Insane asylums in Bengal annual reports 1867-1875 - 1867-1875
Year: 1867
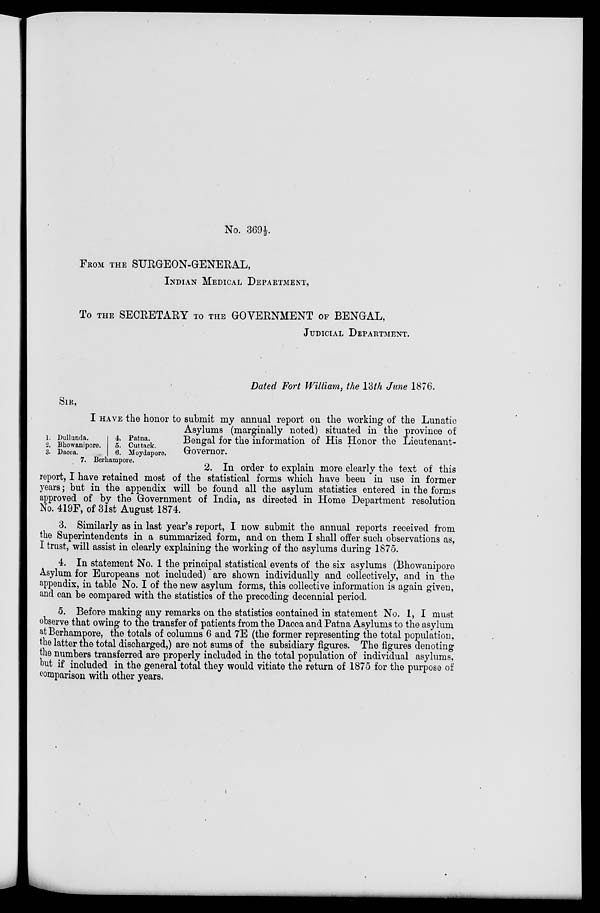
No. 369½.
FROM THE SURGEON-GENERAL,
INDIAN MEDICAL DEPARTMENT,
To THE SECRETARY TO THE GOVERNMENT OF BENGAL,
JUDICIAL DEPARTMENT.
Dated Fort William, the 13th June 1876.
SIR.
1. Dullunda.
2. Bhowanipore.
3. Dacca.
4. Patna.
5. Cuttack.
6. Moydapore.
7. Berhampore.
I HAVE the honor to submit my annual report on the working of the Lunatic
Asylums (marginally noted) situated in the province of
Bengal for the information of His Honor the Lieutenant-
Governor.
2. In order to explain more clearly the text of this
report, I have retained most of the statistical forms which have been in use in former
years; but in the appendix will be found all the asylum statistics entered in the forms
approved of by the Government of India, as directed in Home Department resolution
No. 419F, of 31st August 1874.
3. Similarly as in last year's report, I now submit the annual reports received from
the Superintendents in a summarized form, and on them I shall offer such observations as,
I trust, will assist in clearly explaining the working of the asylums during 1875.
4. In statement No. 1 the principal statistical events of the six asylums (Bhowanipore
Asylum for Europeans not included) are shown individually and collectively, and in the
appendix, in table No. I of the new asylum forms, this collective information is again given,
and can be compared with the statistics of the preceding decennial period.
5. Before making any remarks on the statistics contained in statement No. 1, I must
observe that owing to the transfer of patients from the Dacca and Patna Asylums to the asylum
at Berhampore, the totals of columns 6 and 7E (the former representing the total population,
the latter the total discharged,) are not sums of the subsidiary figures. The figures denoting
the numbers transferred are properly included in the total population of individual asylums,
but if included in the general total they would vitiate the return of 1875 for the purpose of
comparison with other years.